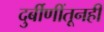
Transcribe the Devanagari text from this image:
दुर्बीणींतूनही